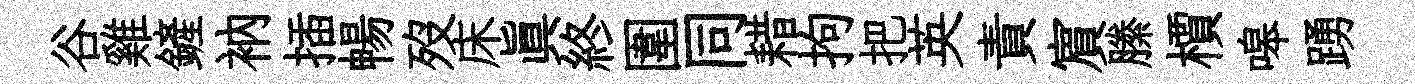
谷雞鏟衲插暢歿床眞終圍同耤拘把英責賔縢檟嗥踴